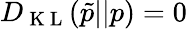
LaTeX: D_{\mathrm{~K~L~}}(\tilde{p}||p)=0